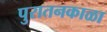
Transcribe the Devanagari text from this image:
पुरातनकाळा